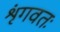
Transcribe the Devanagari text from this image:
शृंगवतः